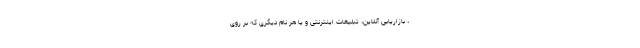
، بازاریابی آنلاین، تبلیغات اینترنتی و یا هر نام دیگری که بر روی